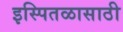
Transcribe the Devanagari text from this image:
इस्पितळासाठी